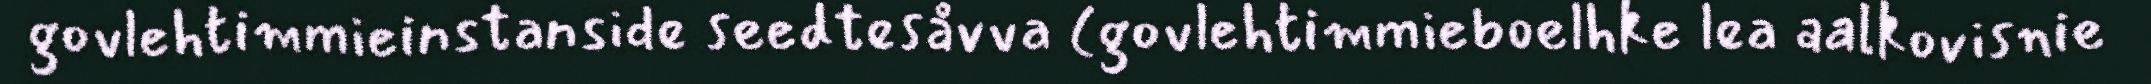
govlehtimmieinstanside seedtesåvva (govlehtimmieboelhke lea aalkovisnie